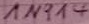
Text: 1N314